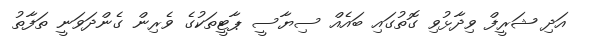
އަދި ޝަރީފް ވިދާޅުވި ގޮތުގައި ބައެއް ސިޔާސީ ޕާޓީތަކުގެ ވެރިން ގެންދަވަނީ ތަފާތު